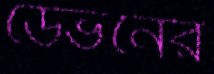
ডেভনের